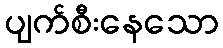
ပျက်စီးနေသော